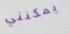
يمكنني